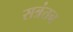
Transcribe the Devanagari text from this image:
सत्रंतन